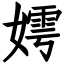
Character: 嫮